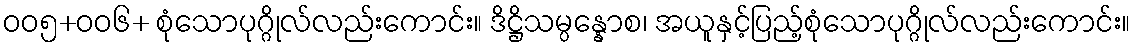
ဝဝ၅+ဝဝ၆+ စုံသောပုဂ္ဂိုလ်လည်းကောင်း။ ဒိဋ္ဌိသမ္ပန္နောစ၊ အယူနှင့်ပြည့်စုံသောပုဂ္ဂိုလ်လည်းကောင်း။